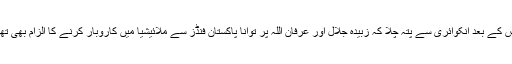
اس کے بعد انکوائری سے پتہ چلا کہ زبیدہ جلال اور عرفان اللہ پر توانا پاکستان فنڈز سے ملائیشیا میں کاروبار کرنے کا الزام بھی تھا۔